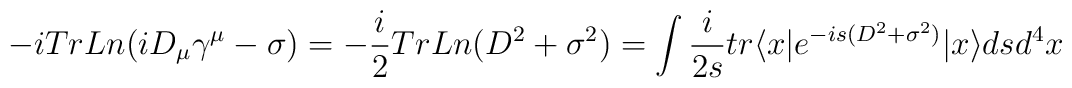
-iTrLn (i D_{\mu}\gamma^{\mu} - \sigma) = -\frac{i}{2} Tr Ln (D^2 +\sigma^2) =\int \frac{i}{2s} tr \langle x|e^{-is(D^2+\sigma^2)}|x \rangle dsd^4x